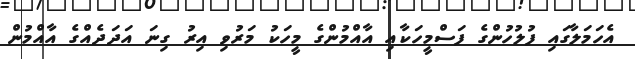
އެހަމަލާގައި ފުލުހުންގެ ފަސްމީހަކާއި އާއްމުންގެ މީހަކު މަރުވި އިރު ގިނަ އަދަދެއްގެ އާއްމުން